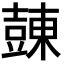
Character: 𧯾